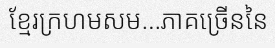
ខ្មែរក្រហមសម...ភាគច្រើននៃ